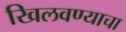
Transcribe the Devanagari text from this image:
खिलवण्याचा